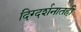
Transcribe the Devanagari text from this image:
दिग्दर्शनातही